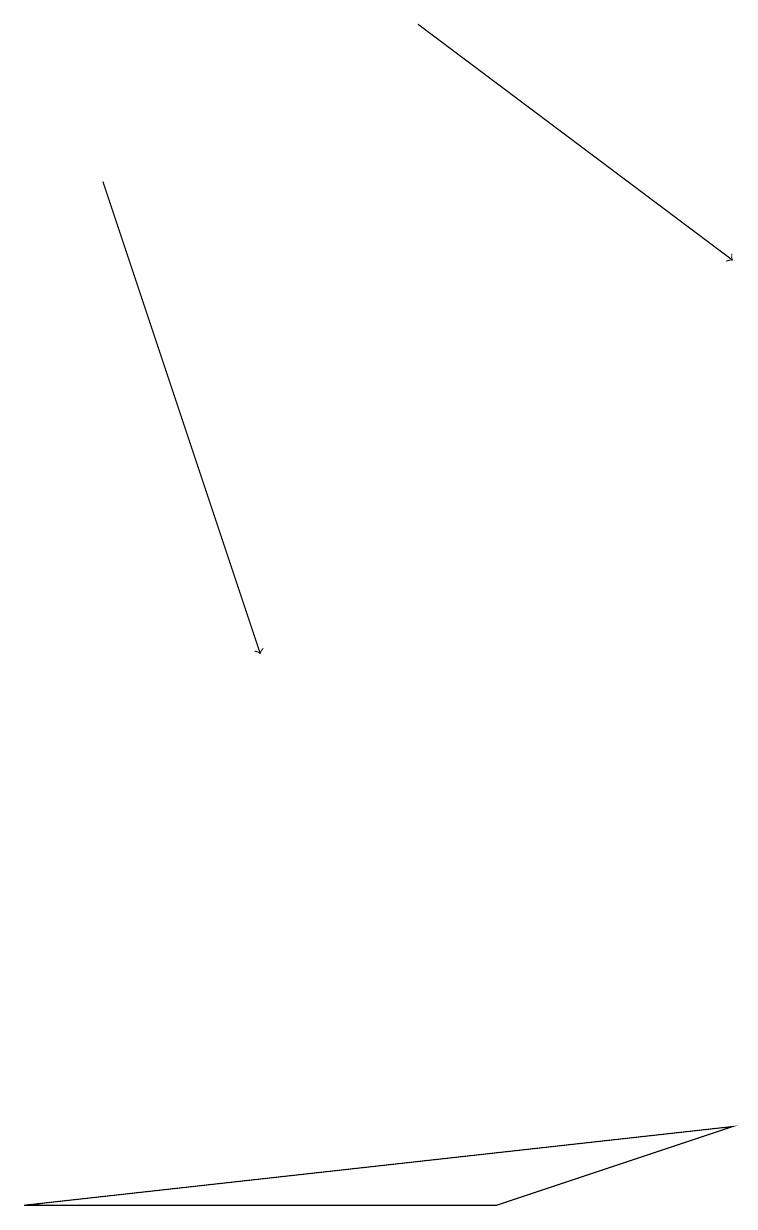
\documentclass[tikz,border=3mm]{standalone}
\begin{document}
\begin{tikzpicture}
\draw (9,4) -- (0,3) -- (6,3) -- cycle;
\draw[->] (5,18) -- (9,15);
\draw[->] (1,16) -- (3,10);
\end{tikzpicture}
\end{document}